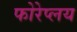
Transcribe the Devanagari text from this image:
फोरेप्लय